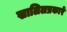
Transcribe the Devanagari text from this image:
खालिलप्रकारे